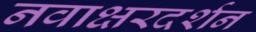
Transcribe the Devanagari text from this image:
नवाक्षरदर्शन